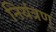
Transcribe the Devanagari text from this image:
नियंत्रण्